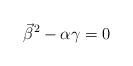
LaTeX: \begin{align*}\vec{\beta}^2 - \alpha\gamma = 0\end{align*}